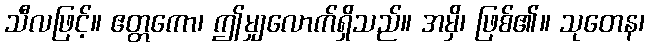
သီလဖြင့်။ ဧတ္တကော၊ ဤမျှလောက်ရှိသည်။ အမှိ၊ ဖြစ်၏။ သုတေန၊